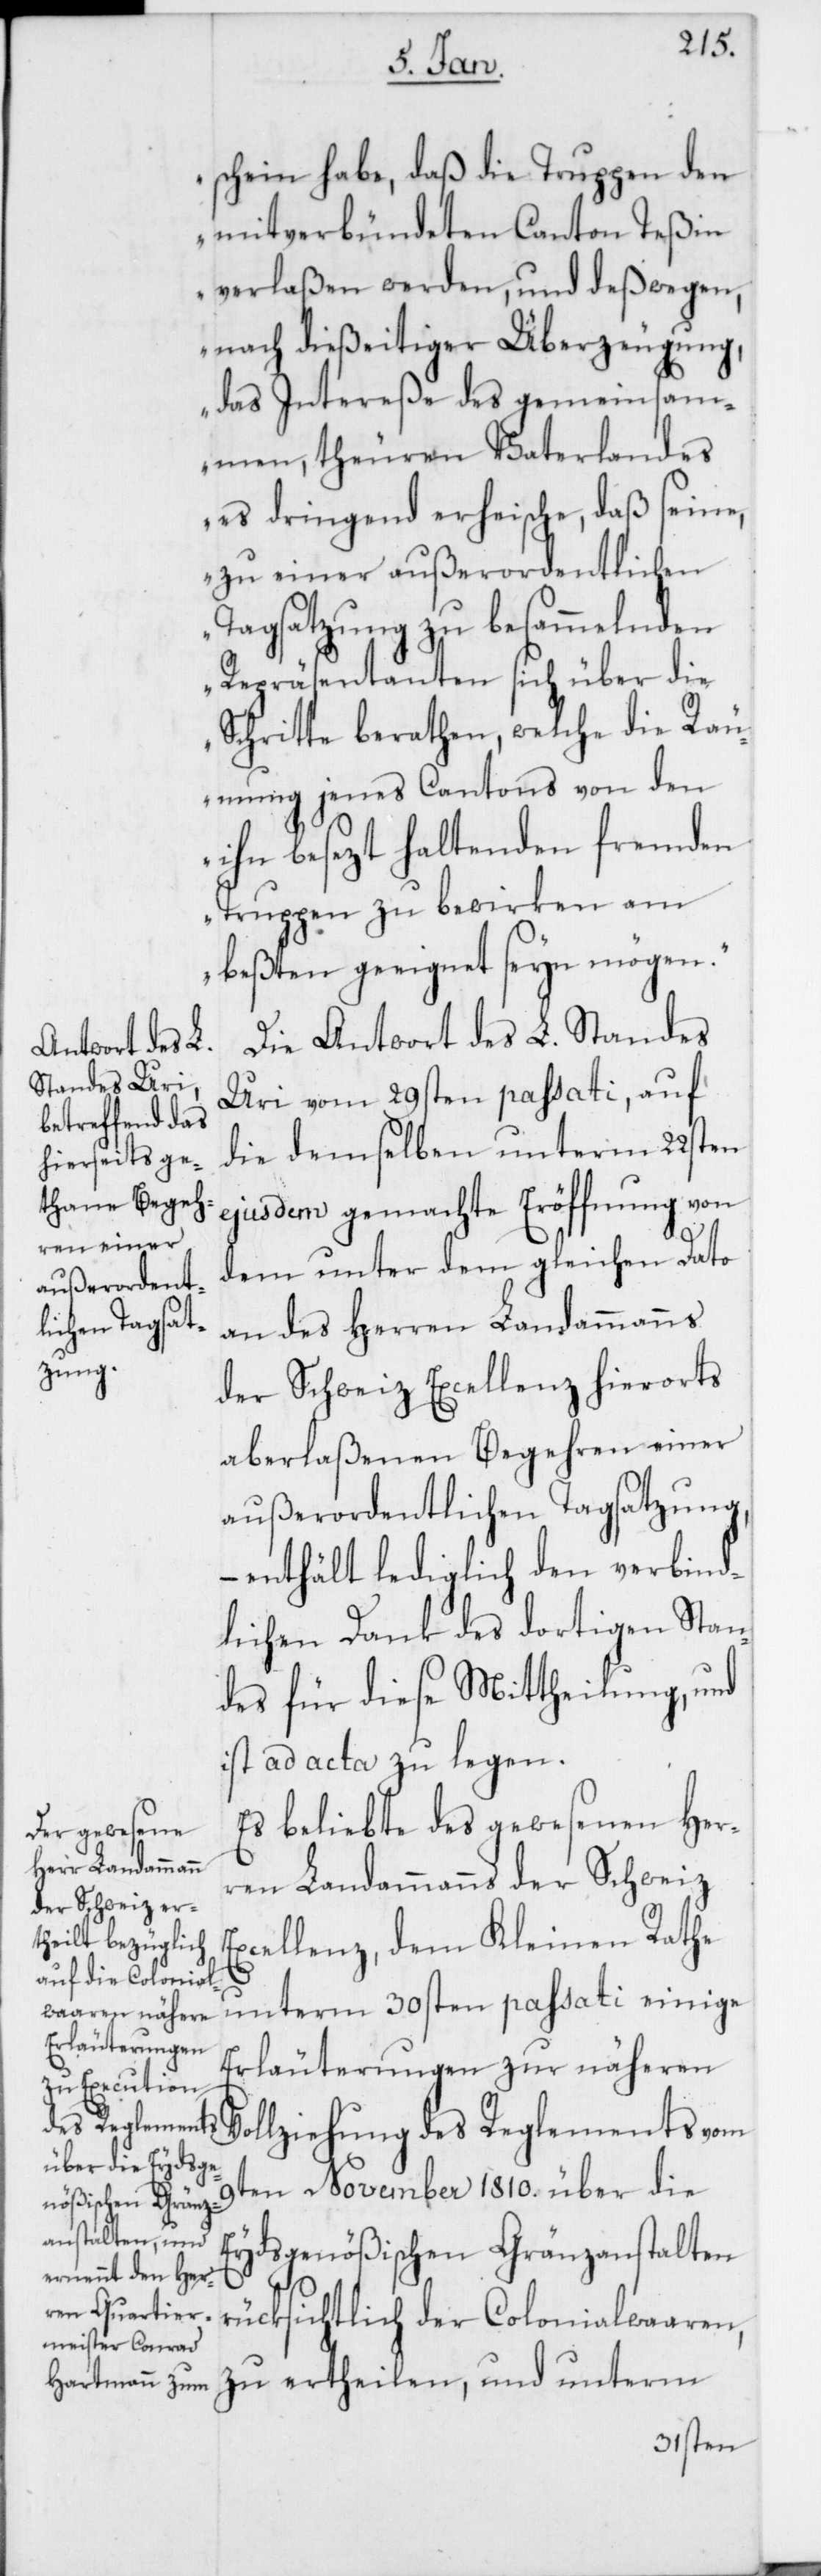
schein habe, daß die Truppen den
mitverbündeten Canton Teßin
verlaßen werden, und deßwegen,
nach dießeitiger Überzeugung,
das Intereße des gemeinsam¬
en, theuren Vaterlandes
es dringend erheische, daß seine,
zu einer außerordentlichen
Tagsatzung zu besammelnden
Repräsentanten sich über die
Schritte berathen, welche die Räu¬
mung jenes Cantons von den
ihn besezt haltenden fremden
Truppen zu bewirken am
beßten geeignet seyn mögen“.
Die Antwort des L. Standes
Uri vom 29sten passati, auf
die demselben unterm 22sten
ejusdem gemachte Eröffnung von
dem unter dem gleichen Dato
an des Herren Landammanns
der Schweiz Excellenz hierorts
aberlaßenen Begehren einer
außerordentlichen Tagsatzung,
enthält lediglich den verbind¬
lichen Dank des dortigen Stan¬
des für diese Mittheilung, und
ist ad acta zu legen.
Es beliebte des gewesenen Her¬
ren Landammanns der Schweiz
Excellenz, dem Kleinen Rathe
unterm 30sten passati einige
Erläuterungen zur näheren
Vollziehung des Reglements vom
9ten November 1810. über die
Eydsgenößischen Gränzanstalten
rüksichtlich der Colonialwaaren,
zu ertheilen, und unterm